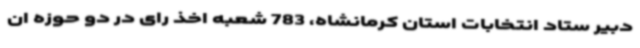
دبیر ستاد انتخابات استان کرمانشاه، 783 شعبه اخذ رای در دو حوزه ان